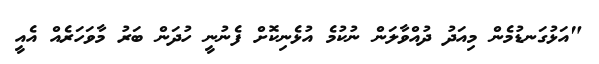
"އަޅުގަނޑުމެން މިއަދު ދުއްވާލަން ނުކުމެ އުޅެނިކޮށް ފެނުނީ ހުދަން ބަރު މާވަހަރެއް އެއީ